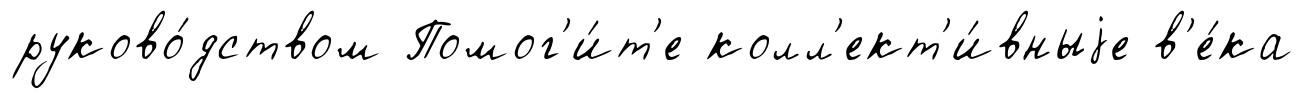
руково́дством Помог'и́т'е колл'ект'и́вныjе в'е́ка